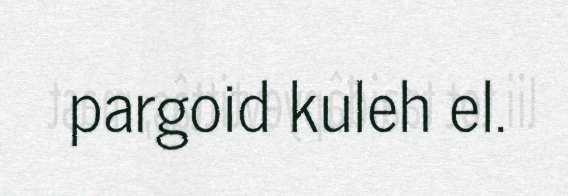
pargoid kuleh el.